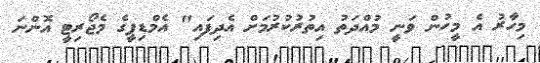
މިހާރު އެ މީހުން ވަނީ މުއްދަތު އިތުރުކުރުމަށް އެދިފައި" އެމްޑިޕީގެ މެޖޯރިޓީ އޮންނަ